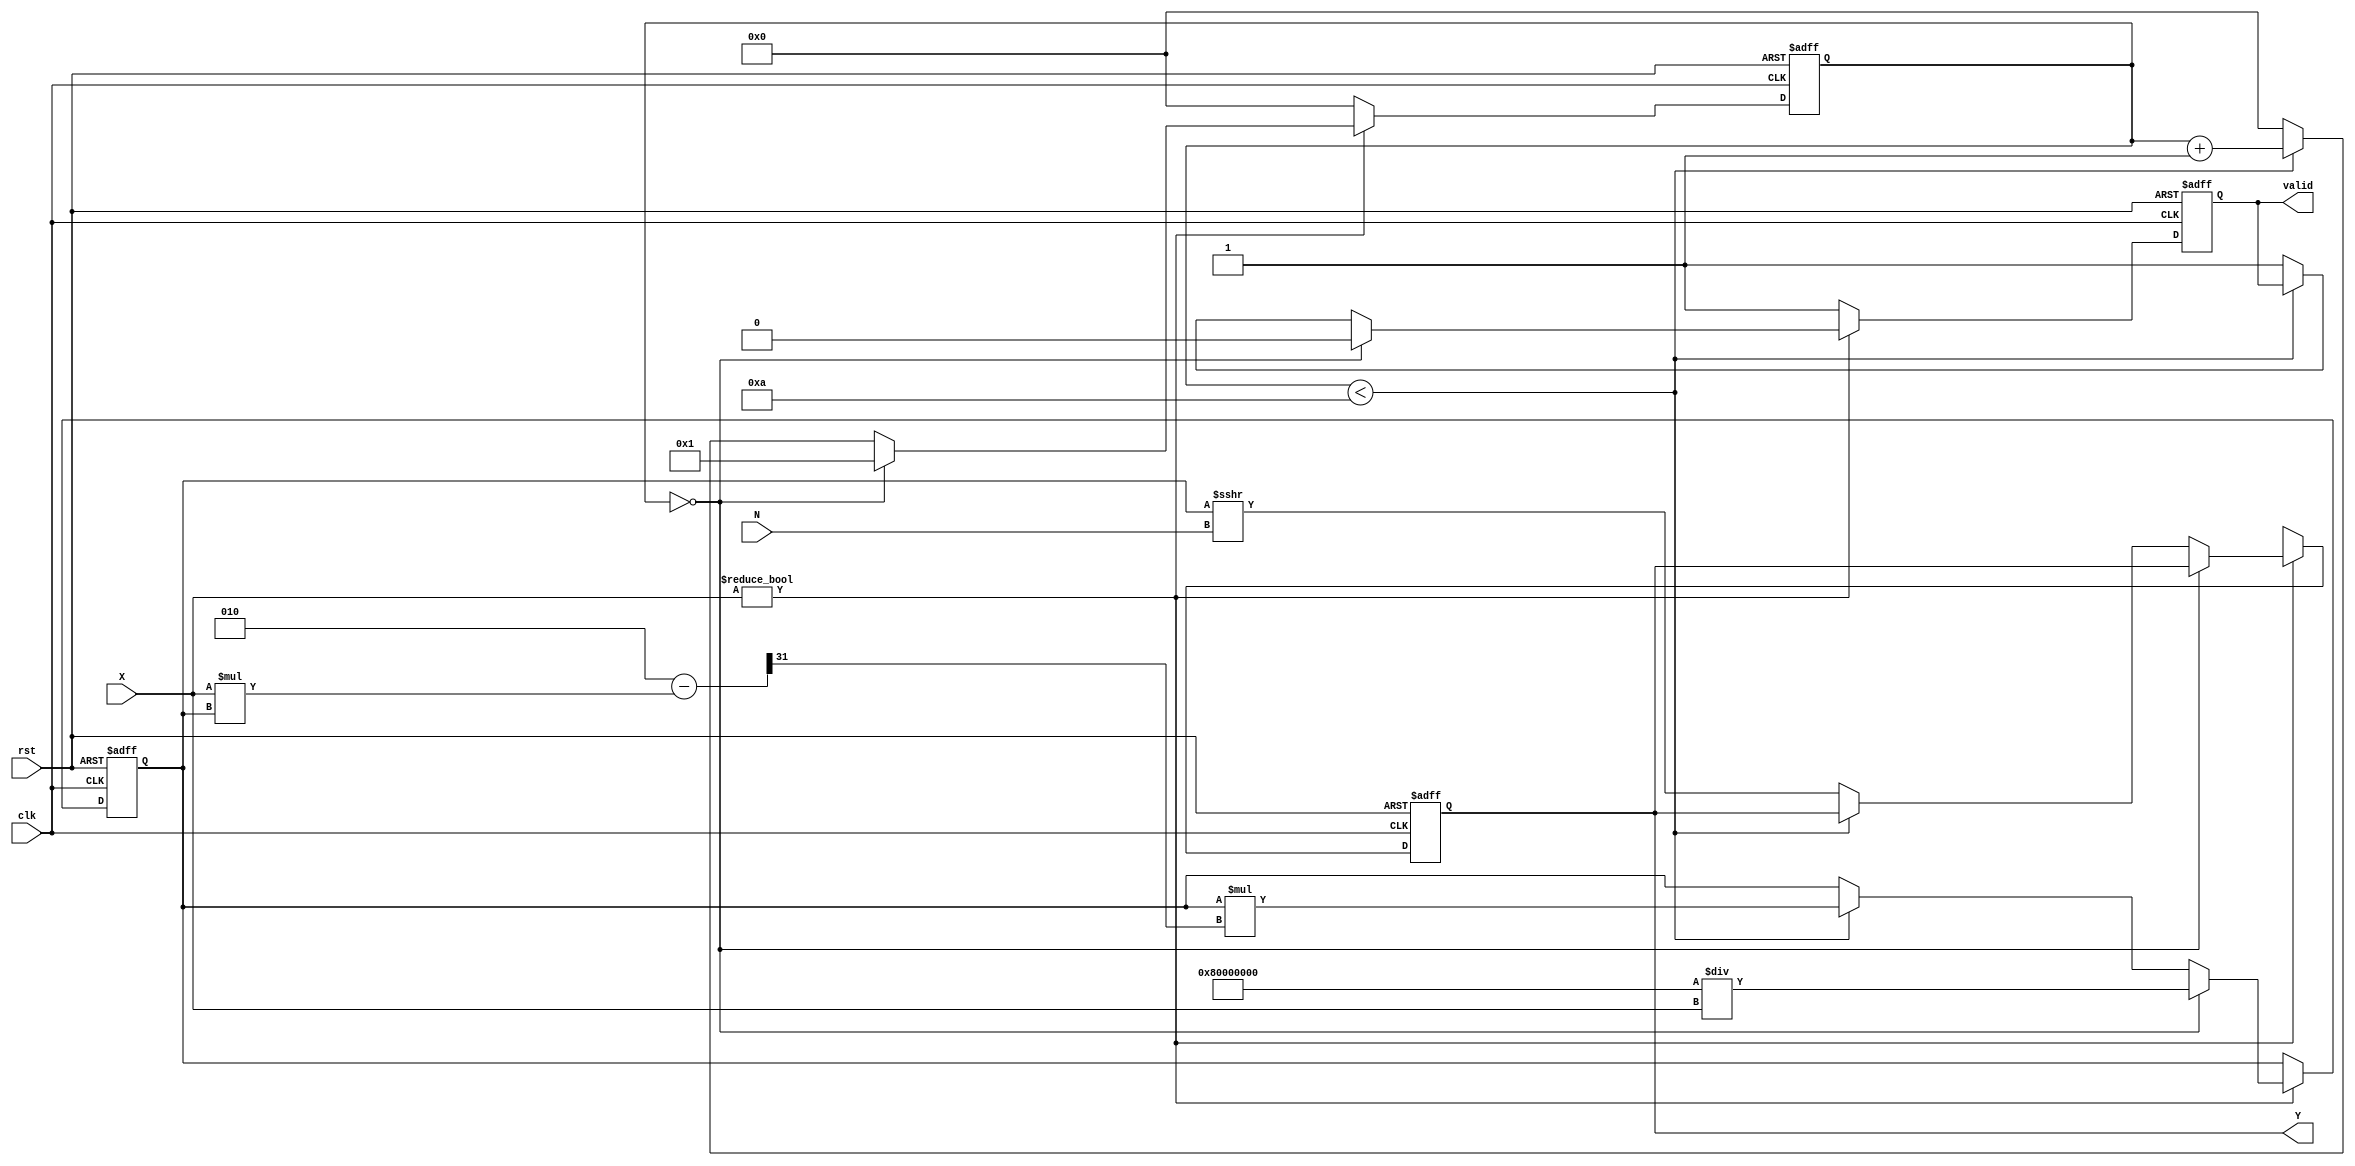
module fractional_order_reciprocal #(
    parameter INPUT_WIDTH = 16,   // Width of input signal
    parameter OUTPUT_WIDTH = 32,   // Width of output signal
    parameter FRACTIONAL_ORDER_WIDTH = 8 // Width of fractional order
)(
    input  wire signed [INPUT_WIDTH-1:0] X, // Input signal
    input  wire signed [FRACTIONAL_ORDER_WIDTH-1:0] N, // Fractional order
    input  wire clk, // Clock signal
    input  wire rst, // Reset signal
    output reg signed [OUTPUT_WIDTH-1:0] Y, // Output signal
    output reg valid // Output valid signal
);

    localparam MAX_ITERATIONS = 10; // Maximum iterations for Newton-Raphson
    reg signed [OUTPUT_WIDTH-1:0] approx; // Approximation of reciprocal
    reg [3:0] iteration_count; // Iteration counter

    always @(posedge clk or posedge rst) begin
        if (rst) begin
            Y <= 0;
            valid <= 0;
            approx <= 0;
            iteration_count <= 0;
        end else if (X != 0) begin
            if (iteration_count == 0) begin
                // Initial approximation: 1 / X
                approx <= (1 << (OUTPUT_WIDTH-1)) / X; // Scale for fixed-point
                iteration_count <= 1;
                valid <= 0;
            end else if (iteration_count < MAX_ITERATIONS) begin
                // Newton-Raphson iteration: approx = approx * (2 - X * approx)
                approx <= approx * (2 - X * approx >>> OUTPUT_WIDTH);
                iteration_count <= iteration_count + 1;
            end else begin
                // Final result
                Y <= approx >>> N; // Scale by fractional order
                valid <= 1;
                iteration_count <= 0; // Reset for next computation
            end
        end else begin
            // Handle division by zero
            Y <= {OUTPUT_WIDTH{1'bx}}; // Undefined output
            valid <= 1;
            iteration_count <= 0; // Reset for next computation
        end
    end

endmodule